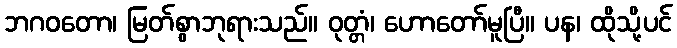
ဘဂဝတော၊ မြတ်စွာဘုရားသည်။ ဝုတ္တံ၊ ဟောတော်မူပြီ။ ပန၊ ထိုသို့ပင်